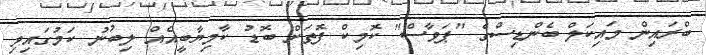
ބްރައިން މައިކަލް ބެންޑިސްގެ "ޕަވާސް" ކޮމިކް ފޮތަށް ބޮޑު ކާމިޔާބީއެއް ލިބުނު ކަމުގައިވި